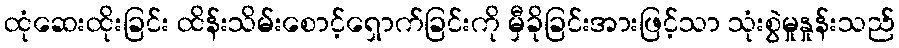
ထုံဆေးထိုးခြင်း ထိန်းသိမ်းစောင့်ရှောက်ခြင်းကို မှီခိုခြင်းအားဖြင့်သာ သုံးစွဲမှုနှုန်းသည်